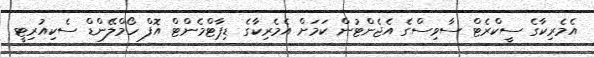
އެމެރިކާގެ ސީކްރެޓް ސާވިސްގެ އެޖެންޓުން ކަމަށް އެމެރިކާގެ ޑިޕާޓްމެންޓް އޮފް ހޯމްލޭންޑް ސެކިއުރިޓީ